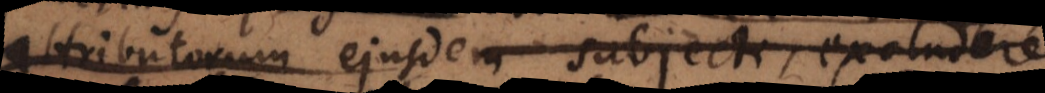
attributorum ejusdem subjecti, excludere